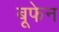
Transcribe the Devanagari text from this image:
बूफेन